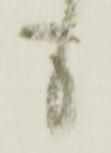
も